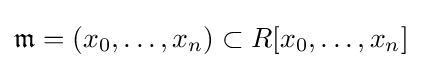
{\mathfrak {m}}=(x_{0},\ldots ,x_{n})\subset R[x_{0},\ldots ,x_{n}]